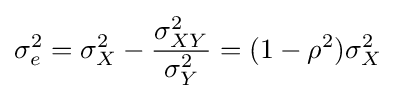
\sigma _{e}^{2}=\sigma _{X}^{2}-{\frac {\sigma _{XY}^{2}}{\sigma _{Y}^{2}}}=(1-\rho ^{2})\sigma _{X}^{2}